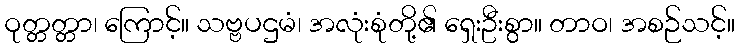
ဝုတ္တတ္တာ၊ ကြောင့်။ သဗ္ဗပဌမံ၊ အလုံးစုံတို့၏ ရှေးဦးစွာ။ တာဝ၊ အစဉ်သင့်။